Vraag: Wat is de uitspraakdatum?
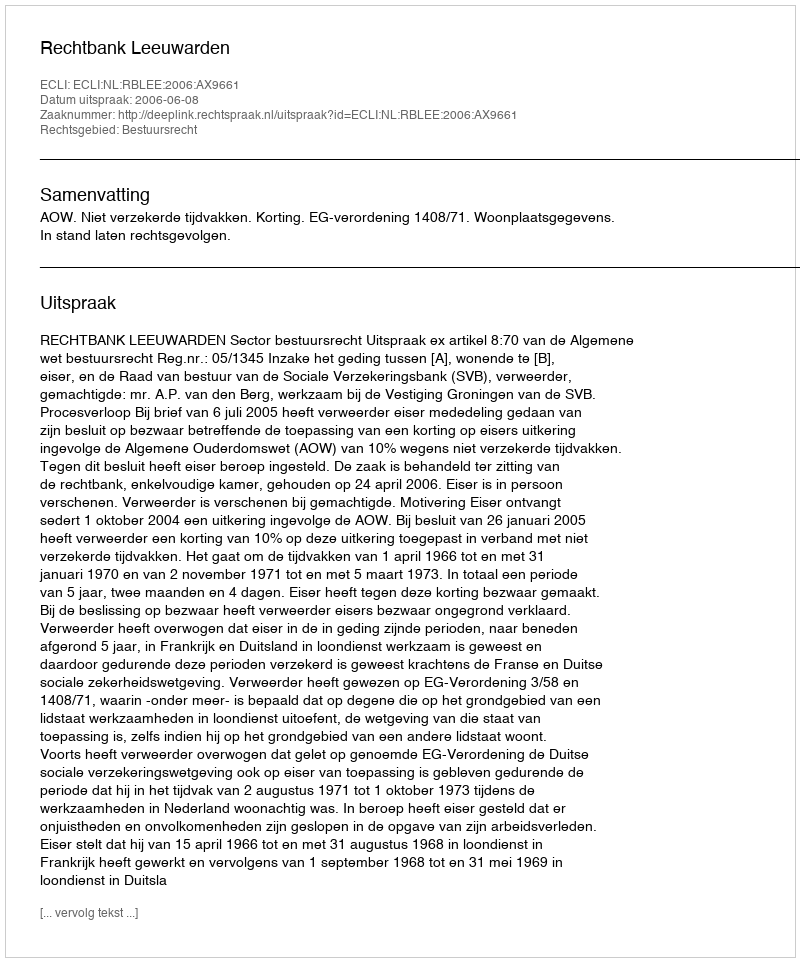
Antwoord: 2006-06-08